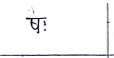
मजकूर: षः